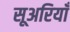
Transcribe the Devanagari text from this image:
सूअरियाँ